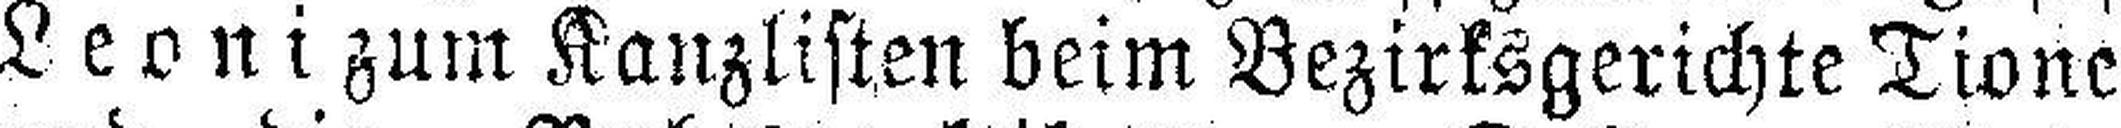
Leoni zum Kanzlisten beim Bezirksgerichte Tione